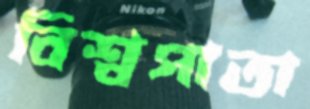
বিশ্বপাতা